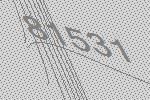
81531